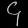
Digit: ၄